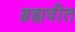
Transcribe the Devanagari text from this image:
ब्रह्मवीत